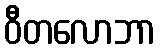
ဝီတလောဘာ